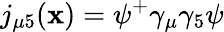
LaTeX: j_{\mu5}(\mathbf{x})=\psi^{+}\gamma_{\mu}\gamma_{5}\psi